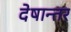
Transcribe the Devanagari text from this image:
देषान्‍तर